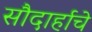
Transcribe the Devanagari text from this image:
सौदार्हाचे